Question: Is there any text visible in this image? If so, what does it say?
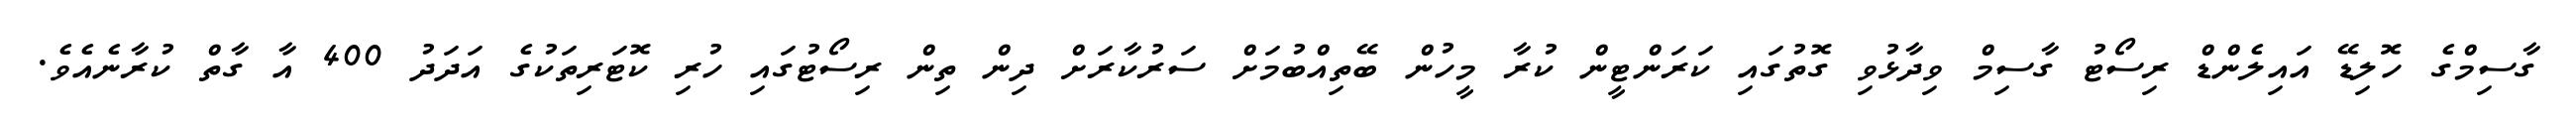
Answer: ގާސިމްގެ ހޮލިޑޭ އައިލެންޑް ރިސޯޓު ގާސިމް ވިދާޅުވި ގޮތުގައި ކަރަންޓީން ކުރާ މީހުން ބޭތިއްބުމަށް ސަރުކާރަށް ދިން ތިން ރިސޯޓުގައި ހުރި ކޮޓަރިތަކުގެ އަދަދު 400 އާ ގާތް ކުރާނެއެވެ.